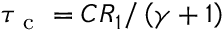
\tau _ { \mathrm { ~ c ~ } } = C R _ { 1 } / \left( \gamma + 1 \right)